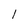
Character: l